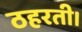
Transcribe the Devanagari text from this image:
ठहरती।